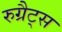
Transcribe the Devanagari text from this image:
रुग्रैट्स